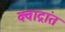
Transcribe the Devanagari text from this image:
क्वाद्रांत